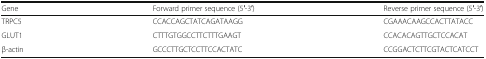
<table><thead><tr><td><b>Gene</b></td><td><b>Forward primer sequence (5′-3′)</b></td><td><b>Reverse primer sequence (5′-3′)</b></td></tr></thead><tbody><tr><td>TRPC5</td><td>CCACCAGCTATCAGATAAGG</td><td>CGAAACAAGCCACTTATACC</td></tr><tr><td>GLUT1</td><td>CTTTGTGGCCTTCTTTGAAGT</td><td>CCACACAGTTGCTCCACAT</td></tr><tr><td>β-actin</td><td>GCCCTTGCTCCTTCCACTATC</td><td>CCGGACTCTTCGTACTCATCCT</td></tr></tbody></table>